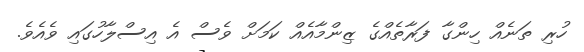
ހުރި ތަނެއް ހިންގާ ފަރާތެއްގެ ޒިންމާއެއް ކަމަށް ވެސް އެ އިސްލާހުގައި ވެއެވެ.